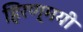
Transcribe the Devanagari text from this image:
हिरण्मयी